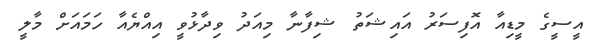
އީސީގެ މީޑިއާ އޮފިސަރު އައިޝަތު ޝިފާނާ މިއަދު ވިދާޅުވީ އިއްޔެއާ ހަމައަށް މާލީ